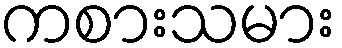
ကစားသမား